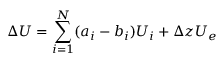
\Delta U = \sum _ { i = 1 } ^ { N } ( a _ { i } - b _ { i } ) U _ { i } + \Delta z U _ { e }